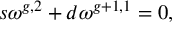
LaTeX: s \omega ^ { g , 2 } + d \omega ^ { g + 1 , 1 } = 0 ,